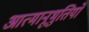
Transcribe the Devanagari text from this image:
आत्मानूभुतियों